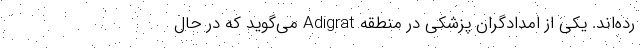
رده‌اند. یکی از امدادگران پزشکی در منطقه Adigrat می‌گوید که در حال